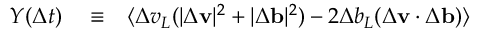
\begin{array} { r l r } { Y ( \Delta t ) } & { { } \equiv } & { \langle \Delta v _ { L } ( | \Delta \mathbf { v } | ^ { 2 } + | \Delta \mathbf { b } | ^ { 2 } ) - 2 \Delta b _ { L } ( \Delta \mathbf { v } \cdot \Delta \mathbf { b } ) \rangle } \end{array}